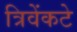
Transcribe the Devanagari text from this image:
त्रिवेंकटे